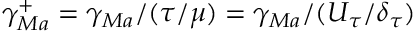
\gamma _ { M a } ^ { + } = \gamma _ { M a } / ( \tau / \mu ) = \gamma _ { M a } / ( U _ { \tau } / \delta _ { \tau } )